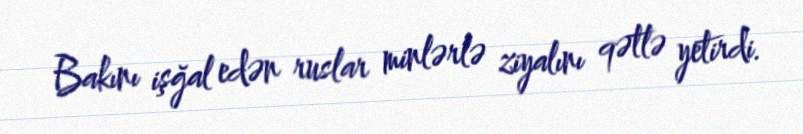
Bakını işğal edən ruslar minlərlə ziyalını qətlə yetirdi.